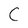
Character: C